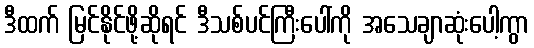
ဒီထက် မြင်နိုင်ဖို့ဆိုရင် ဒီသစ်ပင်ကြီးပေါ်ကို အသေချာဆုံးပေါ့ကွာ